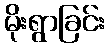
မိုးရွာခြင်း